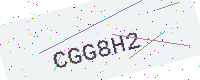
Text: CGG8H2